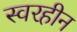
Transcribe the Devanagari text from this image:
स्वरहीन